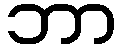
ဘာ